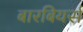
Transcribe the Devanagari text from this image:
बारबियर्स